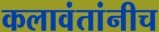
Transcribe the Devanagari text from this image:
कलावंतांनीच